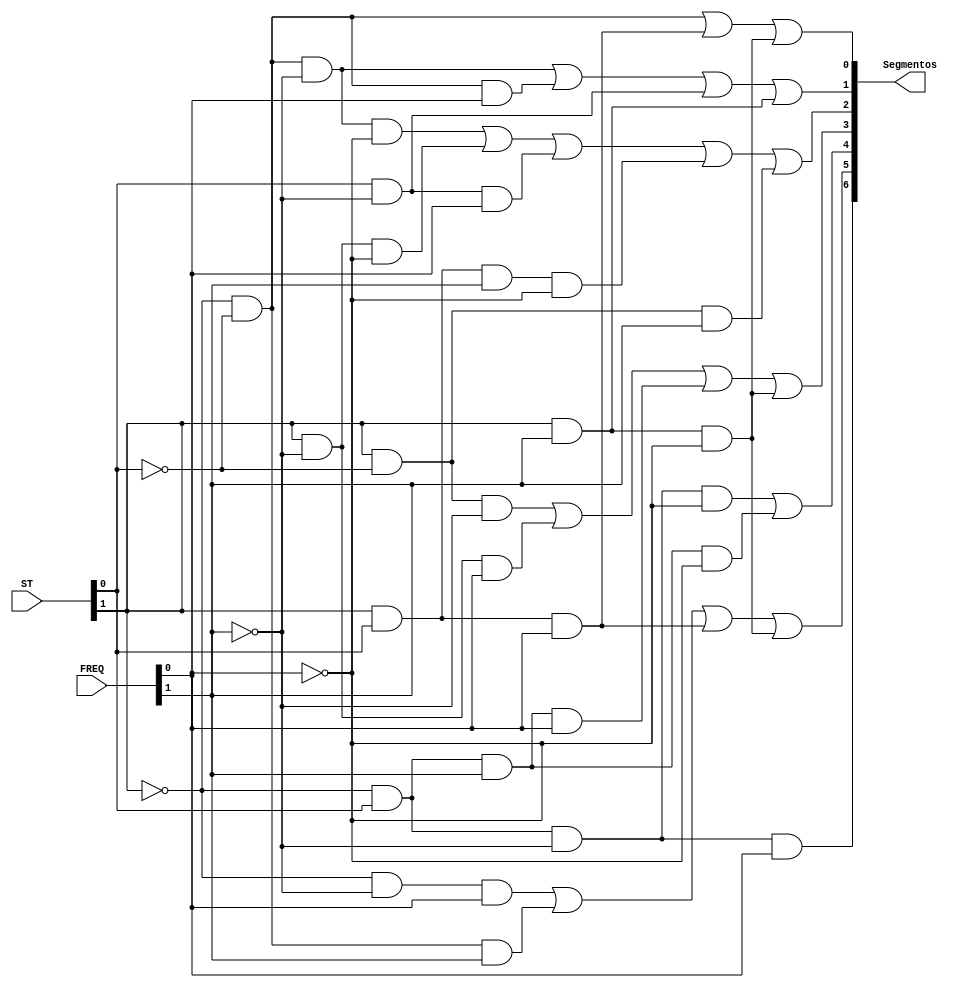
/*
Decodifica os segmentos com base nos estados codificados e o sinal de 2 bits provenientes do 
divisor de frequncia
*/
module Decodificador_Segmentos( Segmentos, ST, FREQ);
	input [1:0] ST, FREQ;
	output [6:0] Segmentos;
	
	assign Segmentos[0] = (~ST[1] & ~ST[0]) | (ST[1] & ST[0] & FREQ[0]) | (ST[1] & FREQ[1] & ~FREQ[0]);

	assign Segmentos[1] = (~ST[1] & ~ST[0] & ~FREQ[1]) | (~ST[1] & ~ST[0] & FREQ[0]) | (ST[0] & ~FREQ[1])| (ST[1] & FREQ[1]);

	assign Segmentos[2] = (~ST[1] & ~ST[0]  & ~FREQ[1] & ~FREQ[0]) | (ST[1] & ~FREQ[1] & ~FREQ[0]) | (ST[0] & ~FREQ[1] & FREQ[0]) | (ST[1] & ST[0] & FREQ[1] & ~FREQ[0]) | (ST[1] & ~ST[0] & FREQ[1]);

	assign Segmentos[3] = (ST[1] & ~ST[0] & ~FREQ[1]) | (ST[1] & ~FREQ[1] & FREQ[0]) | (~ST[1] & ST[0] & FREQ[1] & FREQ[0]) | (ST[1] & FREQ[1] & ~FREQ[0]);

	assign Segmentos[4] = (~ST[1] & ST[0] & ~FREQ[1] & ~FREQ[0])| (~ST[1] & ST[0] & FREQ[1] & ~FREQ[0]);

	assign Segmentos[5] = (~ST[1] & ~FREQ[1] & FREQ[0]) | (~ST[1] & ~ST[0] & FREQ[1]) | (ST[1] & ST[0] & FREQ[0]) | (ST[1] & FREQ[1] & ~FREQ[0]);

	assign Segmentos[6] = (~ST[1] & ST[0] & ~FREQ[1] & FREQ[0]);
	
endmodule